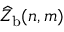
\widehat { Z } _ { \mathrm { b } } ( n , m )